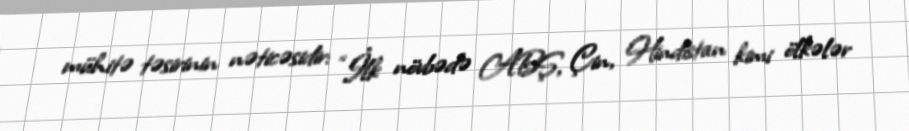
mühitə təsirinin nəticəsidir: “İlk növbədə ABŞ, Çin, Hindistan kimi ölkələr